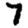
Digit: 7